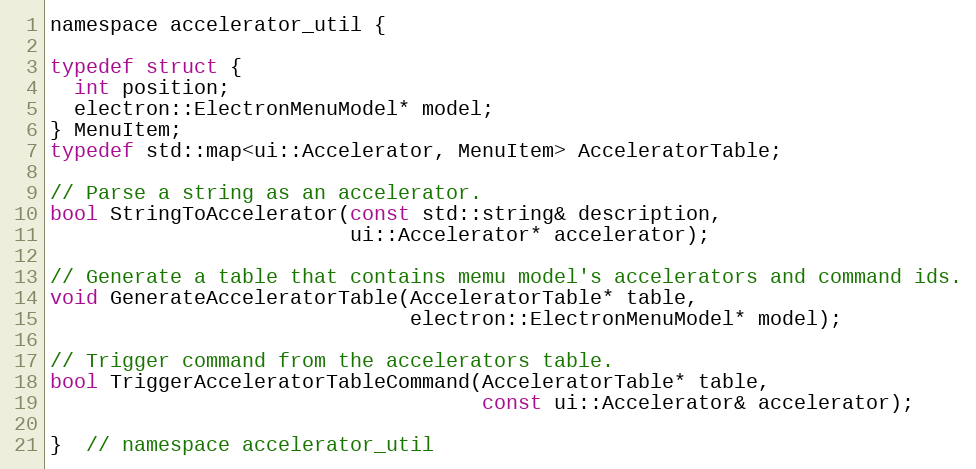
Language: C
namespace accelerator_util {

typedef struct {
  int position;
  electron::ElectronMenuModel* model;
} MenuItem;
typedef std::map<ui::Accelerator, MenuItem> AcceleratorTable;

// Parse a string as an accelerator.
bool StringToAccelerator(const std::string& description,
                         ui::Accelerator* accelerator);

// Generate a table that contains memu model's accelerators and command ids.
void GenerateAcceleratorTable(AcceleratorTable* table,
                              electron::ElectronMenuModel* model);

// Trigger command from the accelerators table.
bool TriggerAcceleratorTableCommand(AcceleratorTable* table,
                                    const ui::Accelerator& accelerator);

}  // namespace accelerator_util